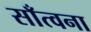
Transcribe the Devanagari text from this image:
साँत्वना